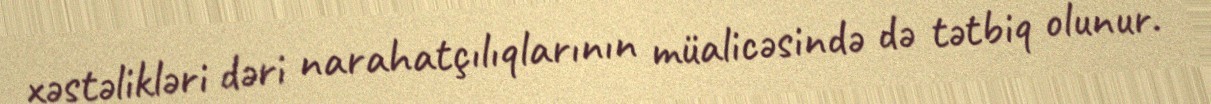
xəstəlikləri dəri narahatçılıqlarının müalicəsində də tətbiq olunur.